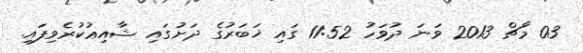
03 މާޗް 2013 ވަނަ ދުވަހު 11:52 ގައި ޚަބަރުގެ ދަށުގައި ޝާއިޢުކުރެވިފައި.